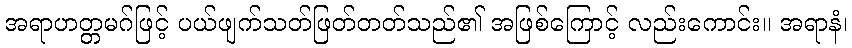
အရာဟတ္တမဂ်ဖြင့် ပယ်ဖျက်သတ်ဖြတ်တတ်သည်၏ အဖြစ်ကြောင့် လည်းကောင်း။ အရာနံ၊